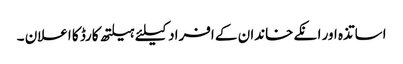
اساتذہ اور انکے خاندان کے افراد کیلئے ہیلتھ کارڈ کا اعلان ۔